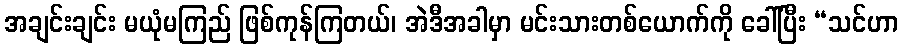
အချင်းချင်း မယုံမကြည် ဖြစ်ကုန်ကြတယ်၊ အဲဒီအခါမှာ မင်းသားတစ်ယောက်ကို ခေါ်ပြီး “သင်ဟာ